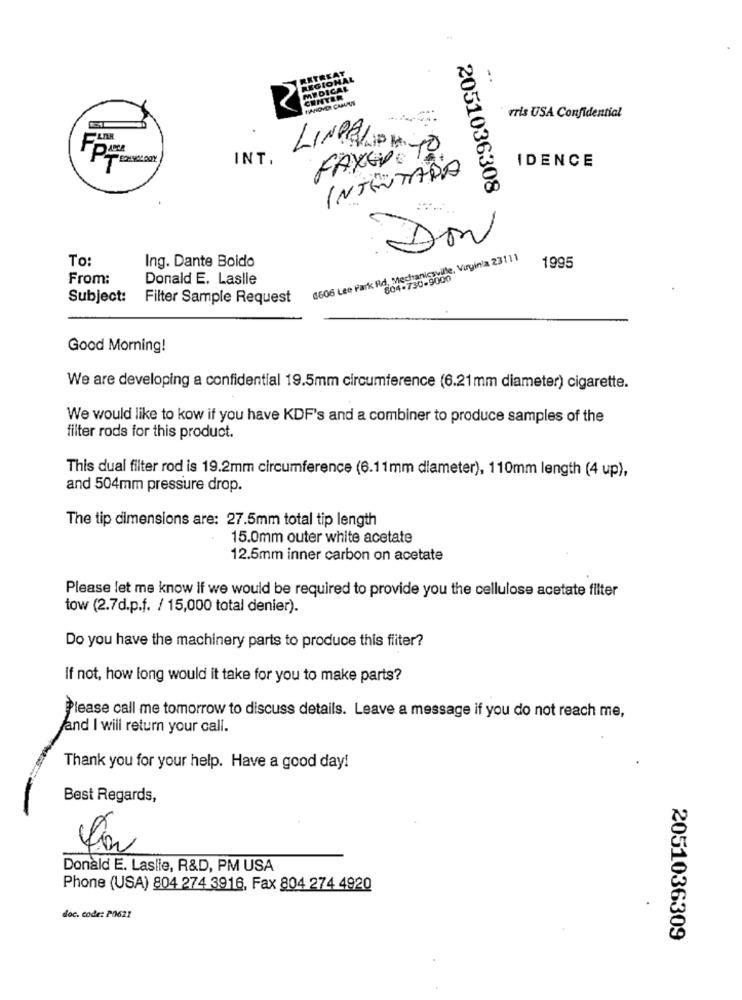
-.
HANOVOI CANVI
vris USA Confidential
LINPELIPA.
FAXGO TO
INT.
IDENCE
INTENTADO
2051036308
Don
To
6606 Lee Park Rd, Mechanicsville, Virginia 23111
Ing. Dante Boido
1995
From:
Donald E. Laslle
804-730-9000
Subject:
Filter Sample Request
Good Morning!
We are developing a confidential 19.5mm circumference (6.21mm diameter) cigarette.
We would like to kow if you have KDF's and a combiner to produce samples of the
filter rods for this product.
This dual filter rod is 19.2mm circumference (6.11mm diameter), 110mm length (4 up),
and 504mm pressure drop.
The tip dimensions are: 27.5mm total tip length
15.0mm outer white acetate
12.5mm inner carbon on acetate
Please let me know if we would be required to provide you the cellulose acetate filter
tow (2.7d.p.f. / 15,000 total denier).
Do you have the machinery parts to produce this filter?
If not, how long would it take for you to make parts?
Please call me tomorrow to discuss details. Leave a message if you do not reach me,
and I will return your call.
Thank you for your help. Have a good day!
Best Regards,
S
Donald E. Laslie, R&D, PM USA
Phone (USA) 804 274 3916, Fax 804 274 4920
doc. code: P0621
2051036309